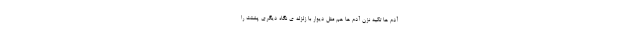
آدم ها تکیه نزن آدم ها هم مثلِ دیوار با زلزله ی نگاه دیگری پشتت را